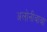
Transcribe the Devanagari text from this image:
अलोनीबाबा